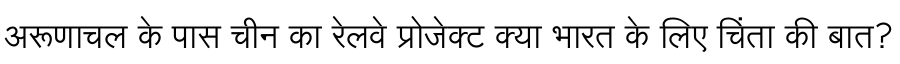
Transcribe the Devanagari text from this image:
अरूणाचल के पास चीन का रेलवे प्रोजेक्ट क्या भारत के लिए चिंता की बात?